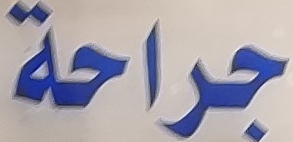
جراحة